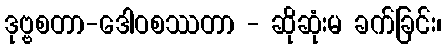
ဒုဗ္ဗစတာ-ဒေါဝစဿတာ - ဆိုဆုံးမ ခက်ခြင်း၊